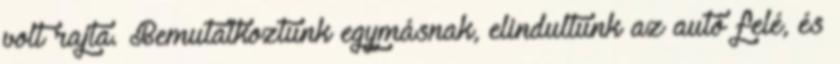
volt rajta. Bemutatkoztunk egymásnak, elindultunk az autó felé, és